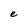
Character: e